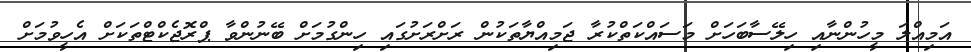
އަމިއްލަ މީހުންނާއި ހިލޭސާބަހަށް މަސައްކަތްކުރާ ޖަމިއްޔާތަކުން ރަށްރަށުގައި ހިންގުމަށް ބޭނުންވާ ޕްރޮޖެކްޓްތަކަށް އެހީވުމަށް